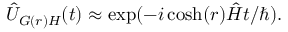
\begin{array} { r } { \hat { U } _ { G ( r ) H } ( t ) \approx \exp ( - i \cosh ( r ) \hat { H } t / \hbar ) . } \end{array}